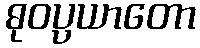
ဓုဝပ္ပယာတော